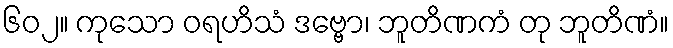
၆၀၂။ ကုသော ဝရဟိသံ ဒဗ္ဗော၊ ဘူတိဏကံ တု ဘူတိဏံ။